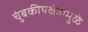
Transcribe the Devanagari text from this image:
चुंबकीयक्षेत्रामुळे